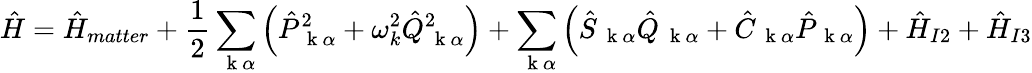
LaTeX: \hat{H}=\hat{H}_{matter}+\frac{1}{2}\sum_{\mathrm{~\mathbf~k~}\alpha}\left(\hat{P}_{\mathrm{~\mathbf~k~}\alpha}^{2}+\omega_{k}^{2}\hat{Q}_{\mathrm{~\mathbf~k~}\alpha}^{2}\right)+\sum_{\mathrm{~\mathbf~k~}\alpha}\left(\hat{S}_{\mathrm{~\mathbf~k~}\alpha}\hat{Q}_{\mathrm{~\mathbf~k~}\alpha}+\hat{C}_{\mathrm{~\mathbf~k~}\alpha}\hat{P}_{\mathrm{~\mathbf~k~}\alpha}\right)+\hat{H}_{I2}+\hat{H}_{I3}